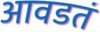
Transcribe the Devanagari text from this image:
आवडतं